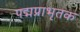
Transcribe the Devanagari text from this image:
पद्मप्राभृतक